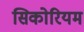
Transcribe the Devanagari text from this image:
सिकोरियम